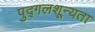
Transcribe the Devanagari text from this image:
पुद्गलशून्यता